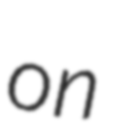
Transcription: on